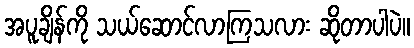
အပူချိန်ကို သယ်ဆောင်လာကြသလား ဆိုတာပါပဲ။